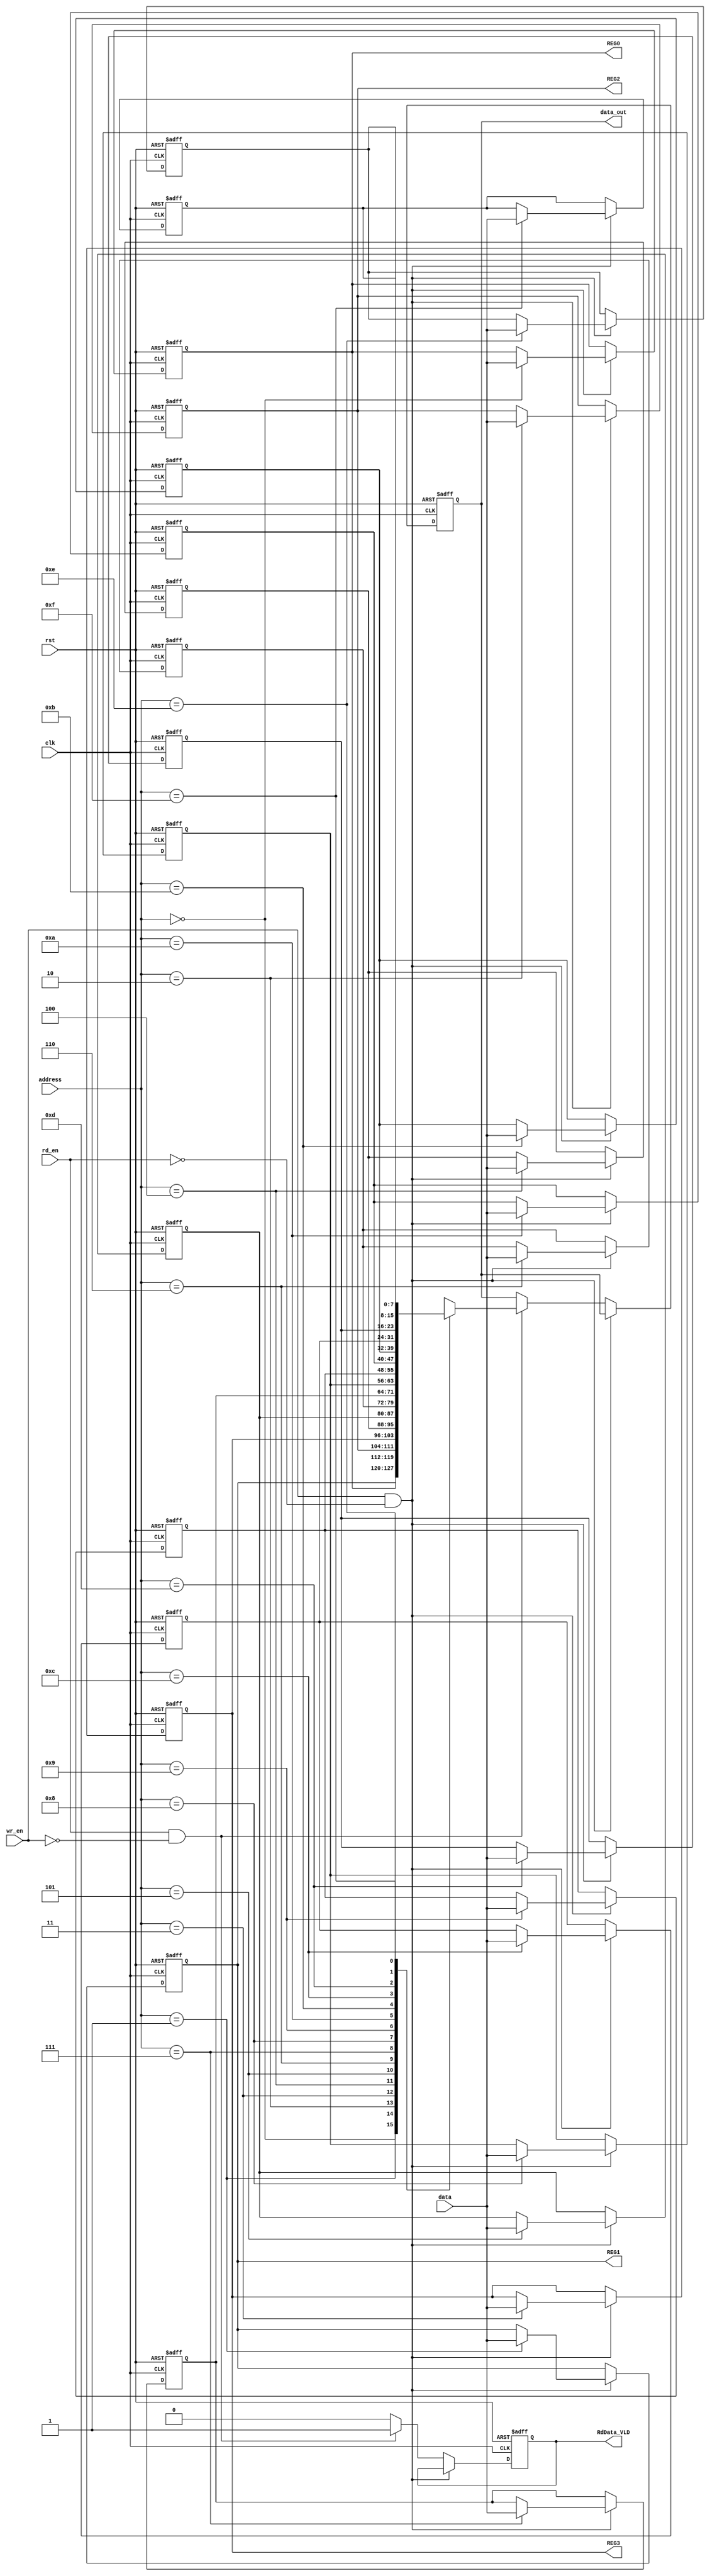
`timescale 1ns / 1ps

module reg_file #(parameter width=8 , parameter depth=4)(
    input [width - 1:0] data,
    input [depth - 1:0] address,
    input wr_en,
    input rd_en,
    input clk,
    input rst,
    output reg [width -1:0] data_out,
    output reg RdData_VLD,
    output wire   [width-1:0]  REG0,
    output wire   [width-1:0]  REG1,
    output wire   [width-1:0]  REG2,
    output wire   [width-1:0]  REG3
    );
    
    reg [width -1:0] memory [0:(2**depth)-1];
    integer i;
    always @(posedge clk or negedge rst) begin
        if(!rst) begin
            for(i=0 ; i<(2**depth) ; i = i+1) begin
                if(i==2)
                  memory[i] <= 'b100000_01 ;
		        else if (i==3) 
                  memory[i] <= 'b0010_0000 ;
                else
                  memory[i] <= 'b0 ;
            end
            data_out <= 0;
            RdData_VLD <= 0;
        end
        else begin
            if(wr_en && !rd_en) begin 
             memory[address] <= data;
            end
            else if(rd_en && !wr_en) begin
             data_out <= memory[address];
             RdData_VLD <= 1'b1 ;
            end
            else begin
                RdData_VLD <= 1'b0 ;
            end
        end
    end
    
    
assign REG0 = memory[0] ;
assign REG1 = memory[1] ;
assign REG2 = memory[2] ;
assign REG3 = memory[3] ; 

endmodule